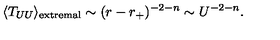
\langle T _ { U U } \rangle _ { \mathrm { e x t r e m a l } } \sim ( r - r _ { + } ) ^ { - 2 - n } \sim U ^ { - 2 - n } .